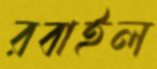
রবাইল